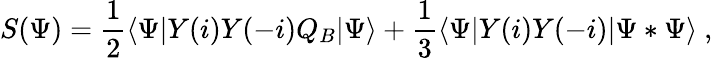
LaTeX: S(\Psi)={\frac{1}{2}}\langle\Psi|Y(i)Y(-i)Q_{B}|\Psi\rangle+{\frac{1}{3}}\langle\Psi|Y(i)Y(-i)|\Psi*\Psi\rangle\ ,